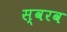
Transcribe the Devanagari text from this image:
स्वरव